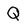
Character: Q